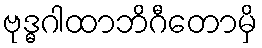
ဗုဒ္ဓဂါထာဘိဂီတောမှိ